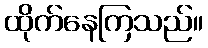
ထိုက်နေကြသည်။